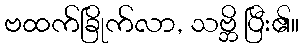
ဗထက်ခြိုက်လာ, သဗ္ဘိ ပြီး၏။